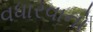
વધારવાનો